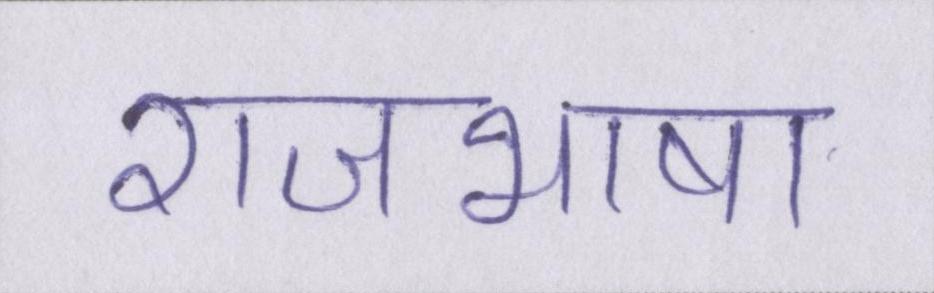
राजभाषा